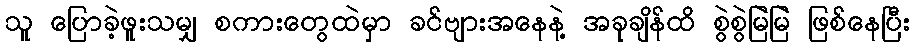
သူ ပြောခဲ့ဖူးသမျှ စကားတွေထဲမှာ ခင်ဗျားအနေနဲ့ အခုချိန်ထိ စွဲစွဲမြဲမြဲ ဖြစ်နေပြီး